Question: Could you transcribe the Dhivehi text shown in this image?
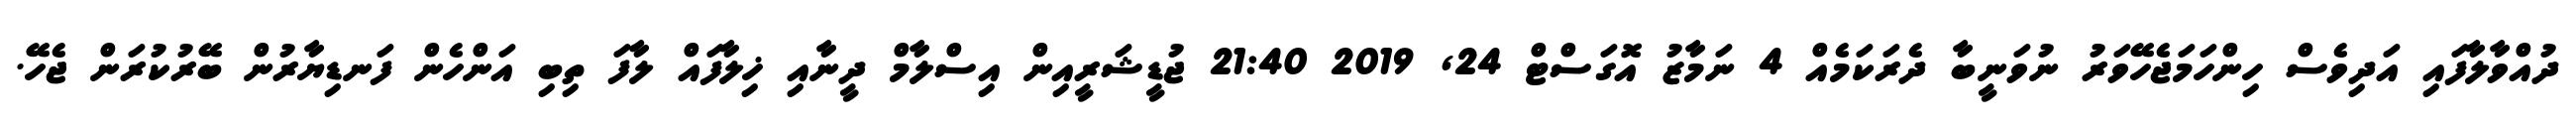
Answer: ދުއްވާލާފައި އަދިވެސް ހިންހަމަޖެހޭވަރު ނުވަނީބާ ދެރަކަމެއް 4 ނަމާޒު އޮގަސްޓް 24, 2019 21:40 ޖުޑީޝަރީއިން އިސްލާމް ދީނާއި ޚިލާފައް ލާފަ ތިބި އަންހެން ފަނޑިޔާރުން ބޭރުކުރަން ޖެހޭ.